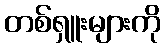
တစ်ရှူးများကို